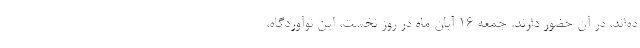
ده‌اند، در آن حضور دارند. جمعه ۱۶ آبان ماه در روز نخست، این نوآوردگاه،